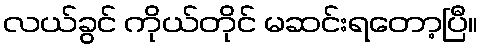
လယ်ခွင် ကိုယ်တိုင် မဆင်းရတော့ပြီ။